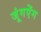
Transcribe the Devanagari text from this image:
जूंगऐंग